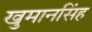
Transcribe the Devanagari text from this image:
खुमानसिंह